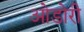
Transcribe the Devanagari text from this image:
ओडोरी